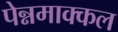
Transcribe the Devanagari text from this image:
पेन्नमाक्कल